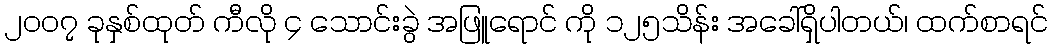
၂၀ဝ၇ ခုနှစ်ထုတ် ကီလို ၄ သောင်းခွဲ အဖြူရောင် ကို ၁၂၅သိန်း အခေါ်ရှိပါတယ်၊ ထက်စာရင်